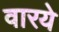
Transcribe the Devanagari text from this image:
वारये